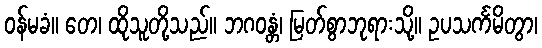
ဝန်မခံ။ တေ၊ ထိုသူတို့သည်။ ဘဂဝန္တံ၊ မြတ်စွာဘုရားသို့။ ဥပသင်္ကမိတွာ၊